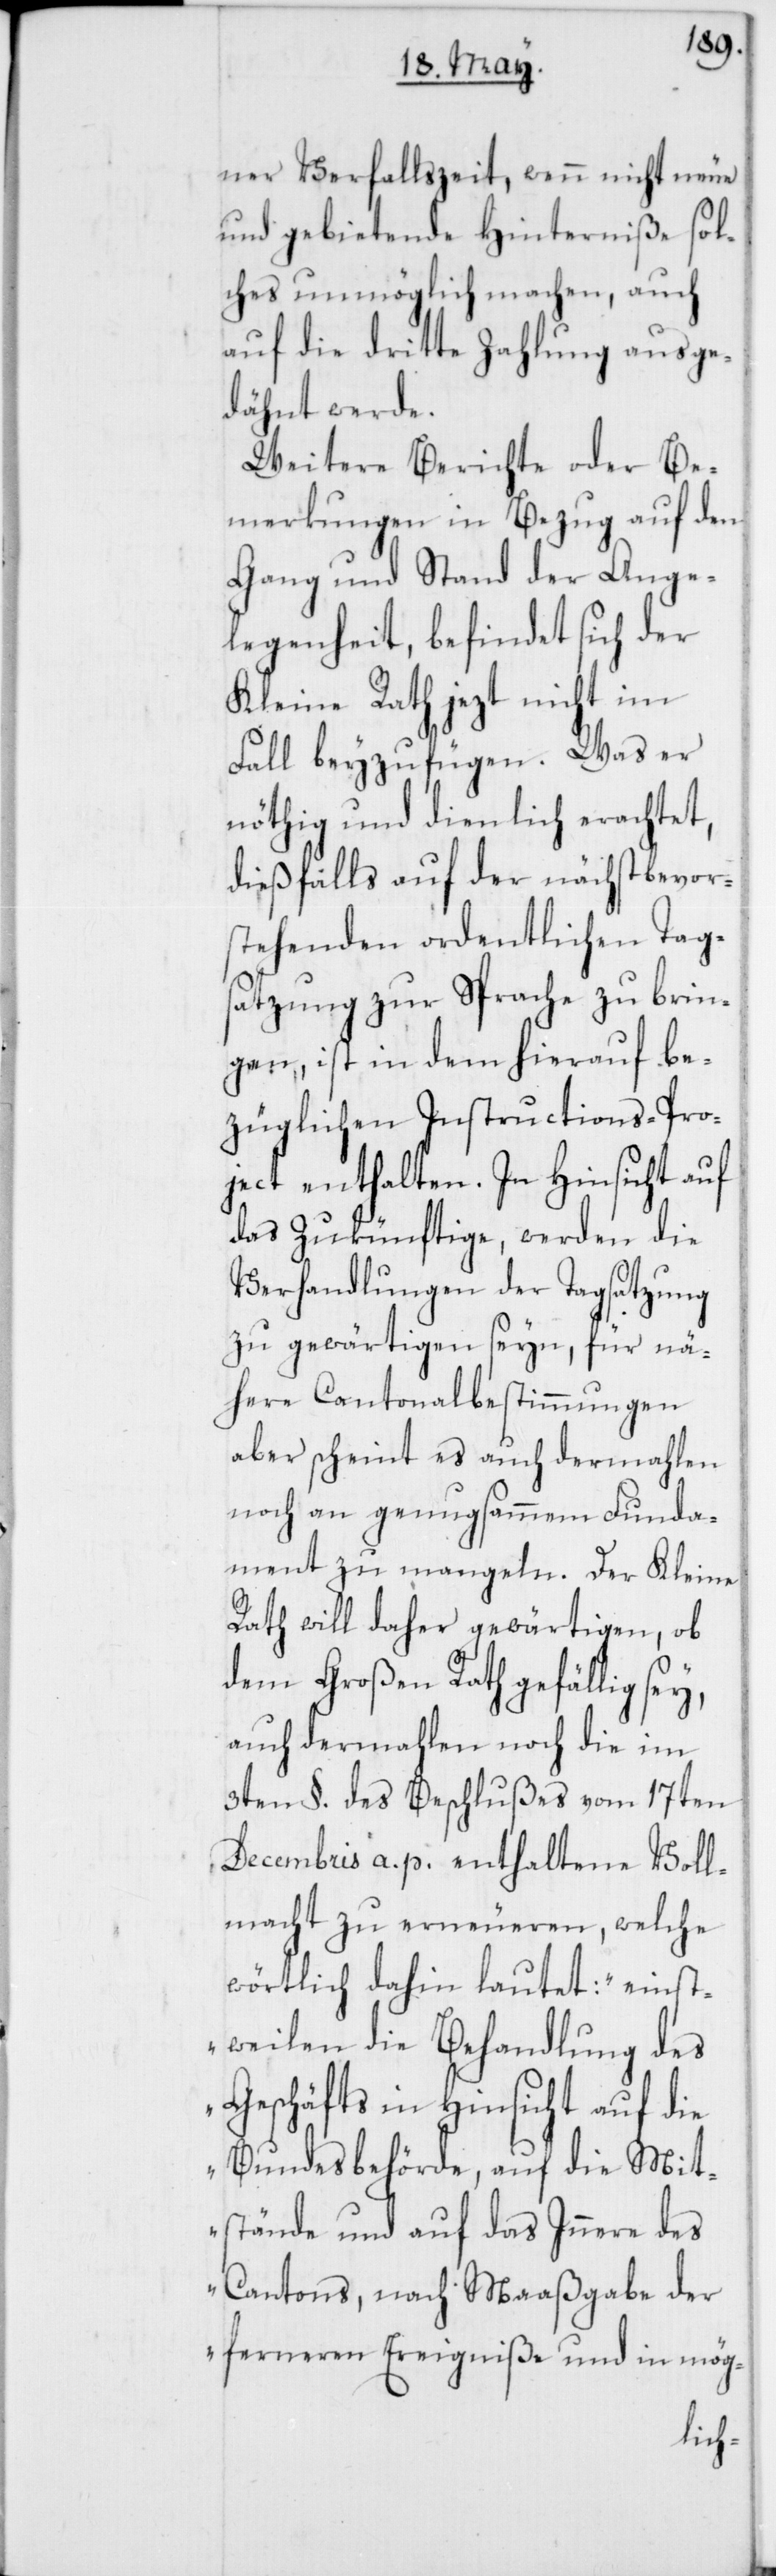
ner Verfallszeit, wenn nicht neue
und gebietende Hinderniße sol¬
ches unmöglich machen, auch
auf die dritte Zahlung ausge¬
dähnt werde.
Weitere Berichte oder Be¬
merkungen in Bezug auf den
Gang und Stand der Ange¬
legenheit, befindet sich der
Kleine Rath jetzt nicht im
Fall beyzufügen. Was er
nöthig und dienlich erachtet,
dießfalls auf der nächstbevor¬
stehenden ordentlichen Tags¬
atzung zur Sprache zu brin¬
gen, ist in dem hierauf be¬
züglichen Instructions-Pro¬
ject enthalten. In Hinsicht auf
das Zukünftige, werden die
Verhandlungen der Tagsatzung
zu gewärtigen seyn, für nä¬
here Cantonalbestimmungen
aber scheint es auch dermahlen
noch an genugsammem Funda¬
ment zu mangeln. Der Kleine
Rath will daher gewärtigen, ob
dem Großen Rath gefällig sey,
auch dermahlen noch die im
3ten §. des Beschlußes vom 17ten
Decembris a. p. enthaltene Voll¬
macht zu erneueren, welche
wörtlich dahin lautet: „einst¬
weilen die Behandlung des
Geschäfts in Hinsicht auf die
Bundesbehörde, auf die Mit¬
stände und auf das Innere des
Cantons, nach Maaßgabe der
ferneren Ereigniße und in mög-